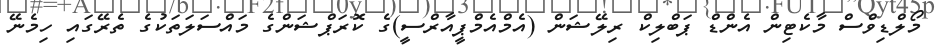
މޯލްޑިވްސް މާކެޓިން އެންޑް ޕަބްލިކް ރިލޭޝަން (އެމްއެމްޕީއާރްސީ)ގެ ކޮރަޕްޝަންގެ މައްސަލަތަކުގެ ތެރޭގައި ހިމެނޭ